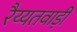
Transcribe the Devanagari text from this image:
रैय्यतवाड़ी